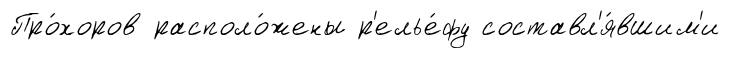
Про́хоров располо́жены р'елье́фу составл'я́вшим'и